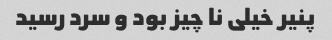
پنیر خیلی نا چیز بود و سرد رسید